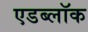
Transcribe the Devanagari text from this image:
एडब्लॉक